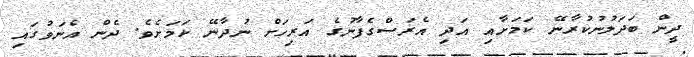
ދީން ބަދަލުނުކުރާނޭ ކަމަށާއި އަދި އެރަސްގެފާނުގެ އަރިހަށް ނުދާނޭ ކަމަށެވެ. ދެން އެނަވުގައި